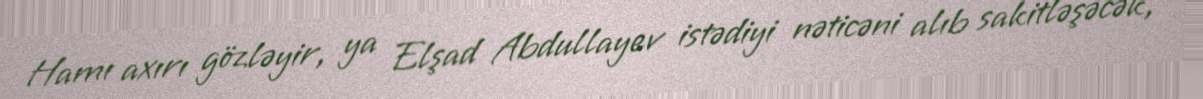
Hamı axırı gözləyir, ya Elşad Abdullayev istədiyi nəticəni alıb sakitləşəcək,